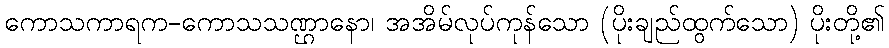
ကောသကာရက-ကောသသဏ္ဌာနော၊ အအိမ်လုပ်ကုန်သော (ပိုးချည်ထွက်သော) ပိုးတို့၏